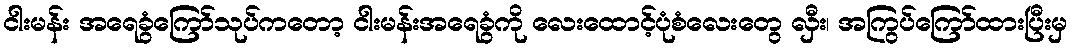
ငါးမန်း အရေခွံကြော်သုပ်ကတော့ ငါးမန်းအရေခွံကို လေးထောင့်ပုံစံလေးတွေ လှီး၊ အကြွပ်ကြော်ထားပြီးမှ